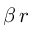
\beta \, r